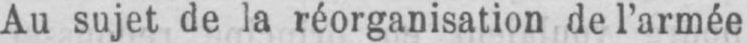
Au sujet de la réorganisation de l’armée